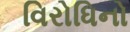
વિરોધિનો